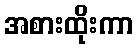
အစားထိုးကာ